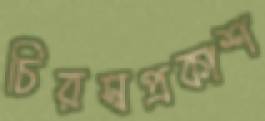
চিরস্বপ্রকাশ